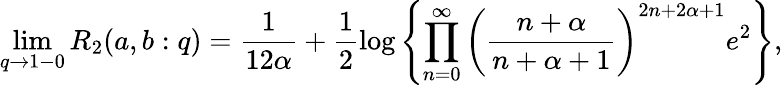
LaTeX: \operatorname*{lim}_{q\to 1-0}R_{2}(a,b:q)=\frac{1}{12\alpha}+\frac 12\log\left\{ \prod_{n=0}^{\infty}\left(\frac{n+\alpha}{n+\alpha+1}\right)^{2n+2\alpha+1}e^{2}\right\} ,